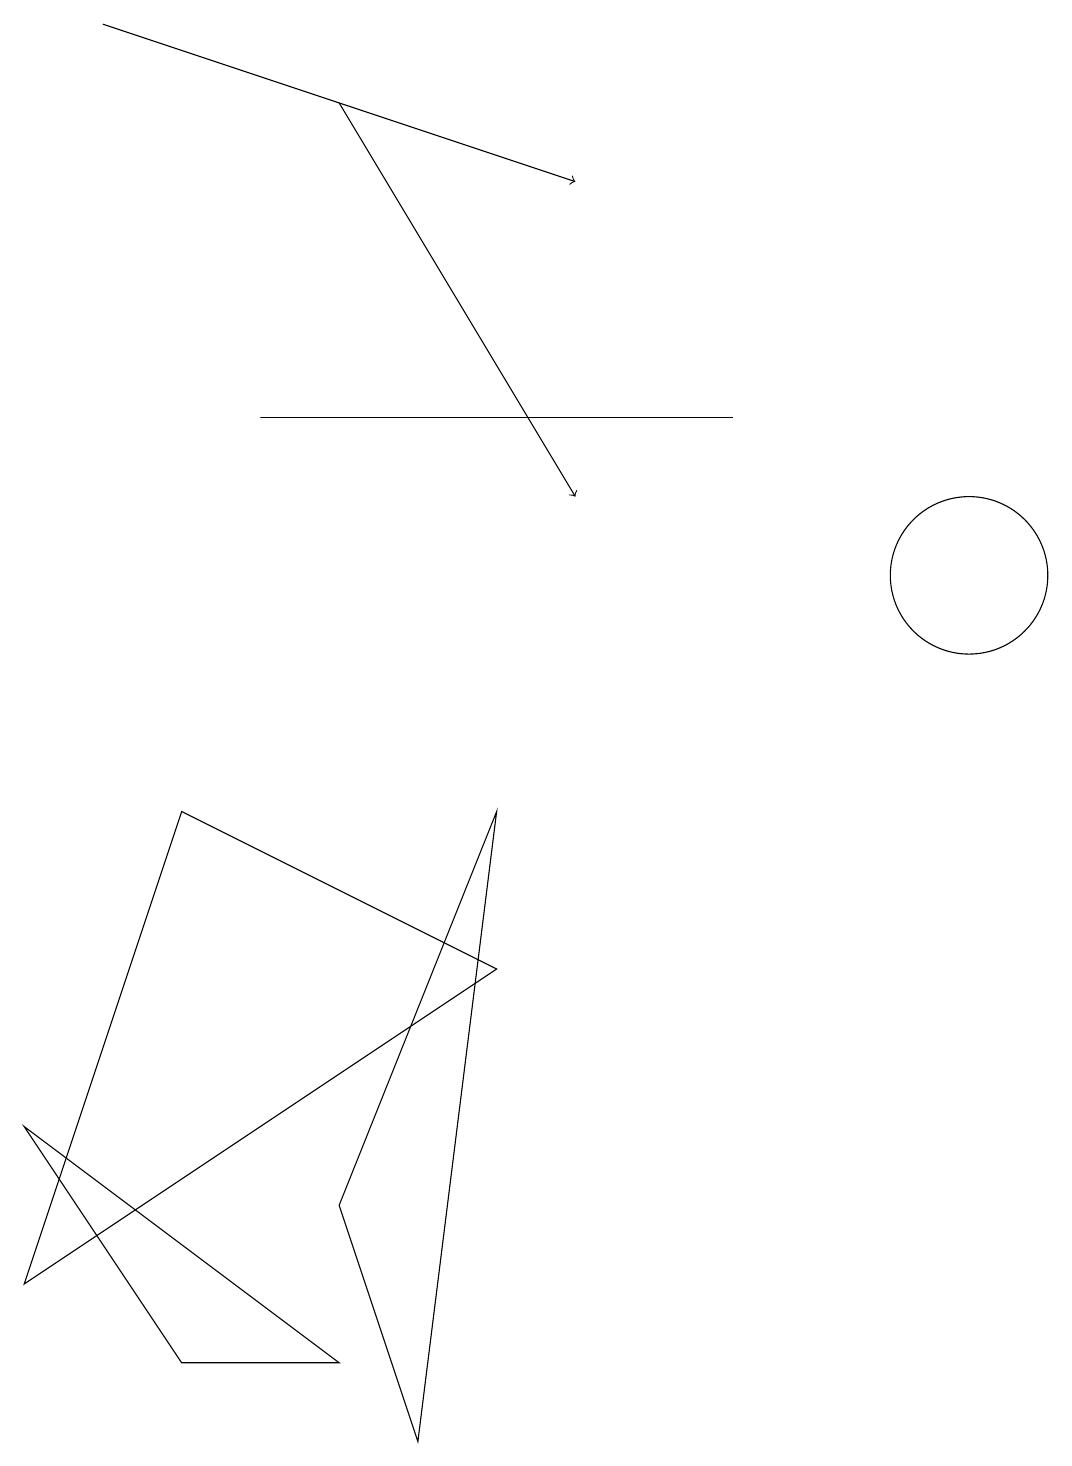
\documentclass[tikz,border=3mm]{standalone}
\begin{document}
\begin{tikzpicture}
\draw (5,1) -- (4,4) -- (6,9) -- cycle;
\draw[->] (4,18) -- (7,13);
\draw (0,5) -- (4,2) -- (2,2) -- cycle;
\draw (0,3) -- (2,9) -- (6,7) -- cycle;
\draw (12,12) circle (1);
\draw (9,14) rectangle (3,14);
\draw[->] (1,19) -- (7,17);
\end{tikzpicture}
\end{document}